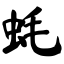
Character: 蚝